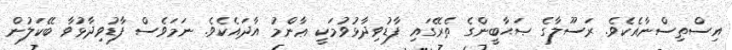
އިސްތިސްނާއެކެވެ. ރަސޫލާގެ ޞަޙާބީންގެ ތެރޭގައި ފާޑުވިދާޅުވުމަކީ ޢާންމު އާދައެކެވެ. ނަމަވެސް ފާޑުވިދާޅުވާ ބޭކަލުން